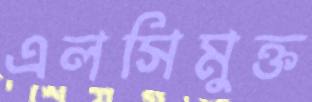
এলসিমুক্ত